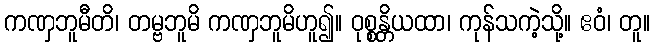
ကဏှဘူမီတိ၊ တမ္ဗဘူမိ ကဏှဘူမိဟူ၍။ ဝုစ္စန္တိယထာ၊ ကုန်သကဲ့သို့။ ဧဝံ၊ တူ။